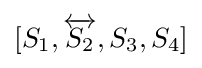
[S_{1},{\overleftrightarrow {S_{2}}},S_{3},S_{4}]